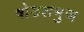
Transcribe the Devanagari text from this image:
षोडशभुज